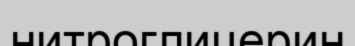
нитроглицерин